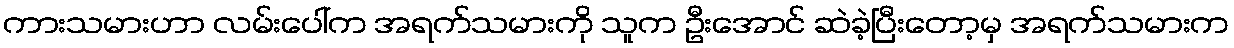
ကားသမားဟာ လမ်းပေါ်က အရက်သမားကို သူက ဦးအောင် ဆဲခဲ့ပြီးတော့မှ အရက်သမားက